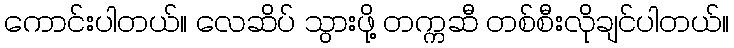
ကောင်းပါတယ်။ လေဆိပ် သွားဖို့ တက္ကဆီ တစ်စီးလိုချင်ပါတယ်။